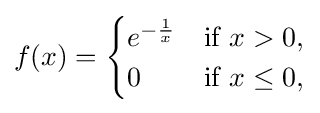
f(x)={\begin{cases}e^{-{\frac {1}{x}}}&{\text{if }}x>0,\\0&{\text{if }}x\leq 0,\end{cases}}